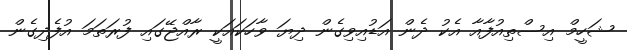
ޝަހީމް އިސްތިއުފާއާ އެކު ދެން އަޑުއިވިގެން ދިޔަ ވާހަކައަކީ ރާއްޖޭގައި ފުރަތަމަ އުފެދިގެން